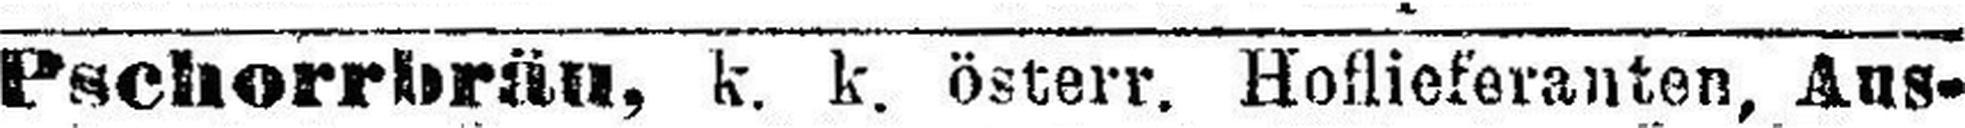
Pschorrbräu, k. k. österr. Hoflieferanten, Aus¬